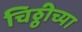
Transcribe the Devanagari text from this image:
चिठ्ठीच्या